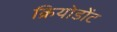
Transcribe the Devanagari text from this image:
क्रियोडोंट